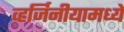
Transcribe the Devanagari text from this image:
व्हर्जिनीयामध्ये